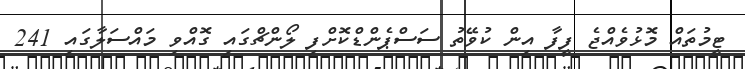
ޓީމުތައް މޮޅުވެއްޖެ ފީފާ އިން ކުވޭތު ސަސްޕެންޑްކޮށްފި ލޯންޗްގައި ގޮއްވި މައްސަލާގައި 241